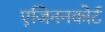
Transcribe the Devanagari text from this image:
एजिननकोर्ट